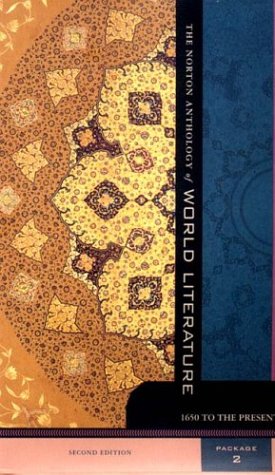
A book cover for The Norton Anthology of World Literature, Package 2 (Volumes D, E, F): 1650 to the Present; Literature & Fiction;